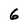
Character: 6